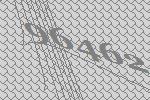
96462